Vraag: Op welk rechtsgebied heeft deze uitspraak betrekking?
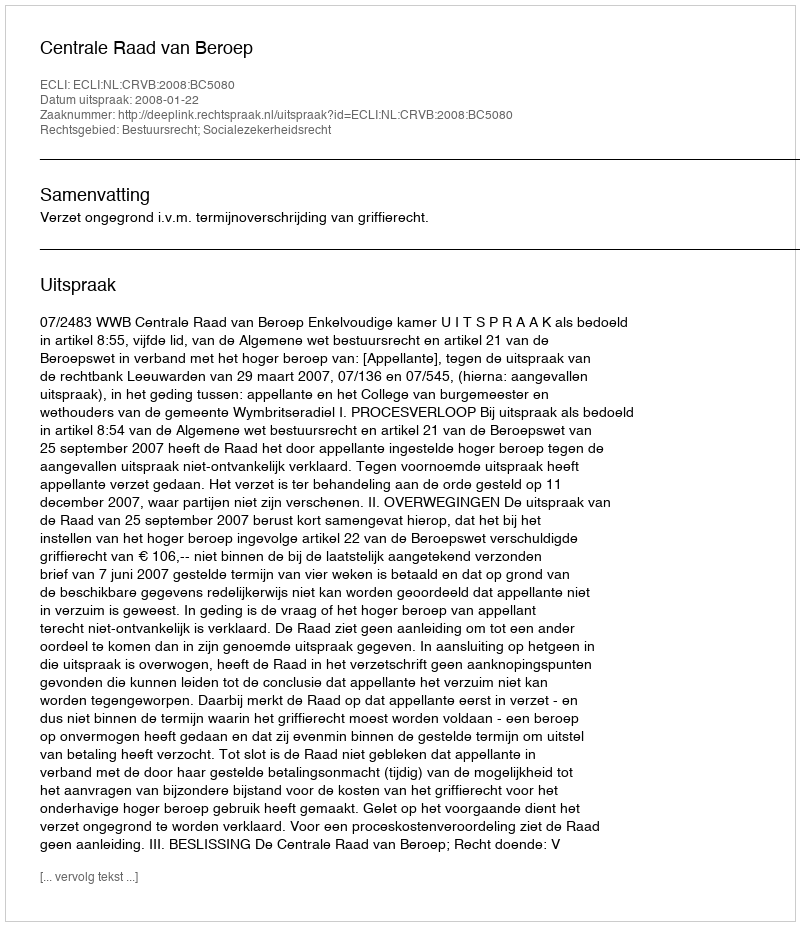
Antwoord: Bestuursrecht; Socialezekerheidsrecht